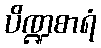
ပိဏ္ဍစာရံ